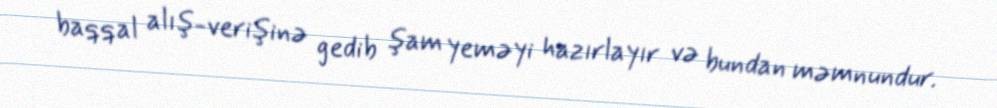
baqqal alış-verişinə gedib şam yeməyi hazırlayır və bundan məmnundur.